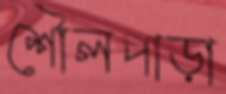
শৌলপাড়া